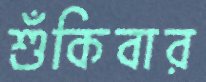
শুঁকিবার